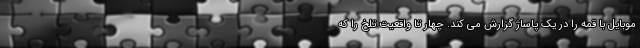
موبایل با قمه را در یک پاساژ گزارش می کند. چهار تا واقعیت تلخ را که